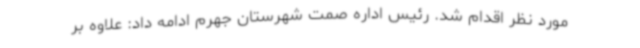
مورد نظر اقدام شد. رئیس اداره صمت شهرستان جهرم ادامه داد: علاوه بر